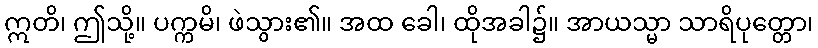
ဣတိ၊ ဤသို့။ ပက္ကမိ၊ ဖဲသွား၏။ အထ ခေါ၊ ထိုအခါ၌။ အာယသ္မာ သာရိပုတ္တော၊